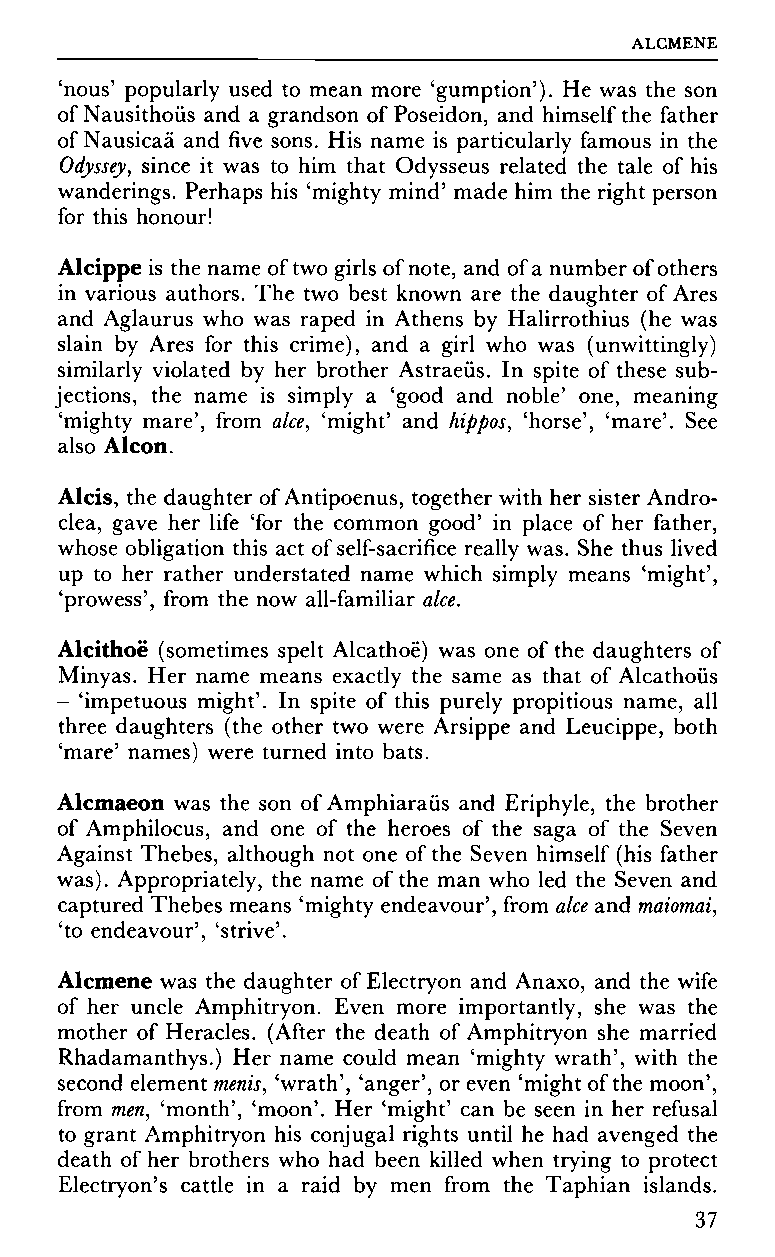
ALGMENE
 'nous' popularly used to mean more 'gumption'). He was the son
 of Nausithoüs and a grandson of Poseidon, and himself the father
 of Nausicaä and five sons. His name is particularly famous in the
 Odyssey, since it was to him that Odysseus related the tale of his
 wanderings. Perhaps his 'mighty mind' made him the right person
 for this honour!
 Alcippe is the name of two girls of note, and of a number of others
 in various authors. The two best known are the daughter of Ares
 and Aglaurus who was raped in Athens by Halirrothius (he was
 slain by Ares for this crime), and a girl who was (unwittingly)
 similarly violated by her brother Astraeüs. In spite of these sub
 jections, the name is simply a 'good and noble' one, meaning
 'mighty mare', from alee, 'might' and hippos, 'horse', 'mare'. See
 also Alcon.
 Alcis, the daughter of Antipoenus, together with her sister Andro-
 clea, gave her life 'for the common good' in place of her father,
 whose obligation this act of self-sacrifice really was. She thus lived
 up to her rather understated name which simply means 'might',
 'prowess', from the now all-familiar alee.
 Alcithoë (sometimes spelt Alcathoë) was one of the daughters of
 Minyas. Her name means exactly the same as that of Alcathoüs
 - 'impetuous might'. In spite of this purely propitious name, all
 three daughters (the other two were Arsippe and Leucippe, both
 'mare' names) were turned into bats.
 Alcmaeon was the son of Amphiaraüs and Eriphyle, the brother
 of Amphilocus, and one of the heroes of the saga of the Seven
 Against Thebes, although not one of the Seven himself (his father
 was). Appropriately, the name of the man who led the Seven and
 captured Thebes means 'mighty endeavour', from alee and maiomai,
 'to endeavour', 'strive'.
 Alcmene was the daughter of Electryon and Anaxo, and the wife
 of her uncle Amphitryon. Even more importantly, she was the
 mother of Heracles. (After the death of Amphitryon she married
 Rhadamanthys.) Her name could mean 'mighty wrath', with the
 second element menis, 'wrath', 'anger', or even 'might of the moon',
 from men, 'month', 'moon'. Her 'might' can be seen in her refusal
 to grant Amphitryon his conjugal rights until he had avenged the
 death of her brothers who had been killed when trying to protect
 Electryon's cattle in a raid by men from the Taphian islands.
 37